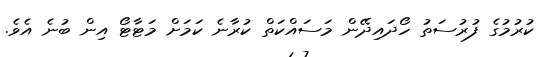
ކުރުމުގެ ފުރުސަތު ހޯދައިދޭން މަސައްކަތް ކުރާނެ ކަމަށް މަޓާޓޯ އިން ބުނެ އެވެ.